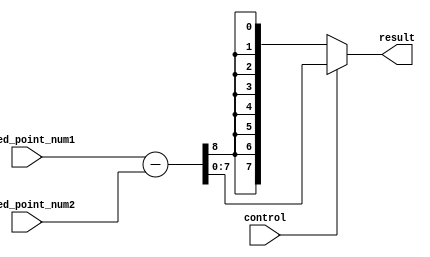
module fixed_point_subtractor (
    input wire [7:0] fixed_point_num1,
    input wire [7:0] fixed_point_num2,
    input wire control,
    output wire [7:0] result
);

    wire [15:0] subtract_result;
    
    assign subtract_result = fixed_point_num1 - fixed_point_num2;
    
    assign result = control ? subtract_result[7:0] : subtract_result[15:8];

endmodule